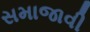
સમાજાવી